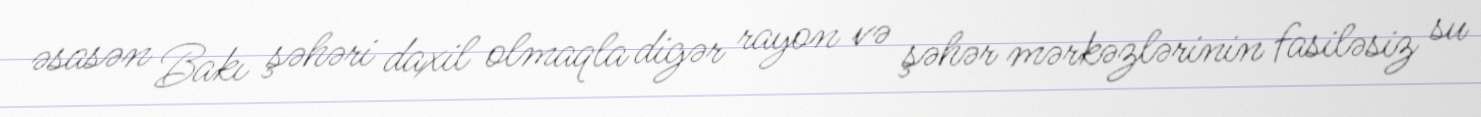
əsasən Bakı şəhəri daxil olmaqla digər rayon və şəhər mərkəzlərinin fasiləsiz su